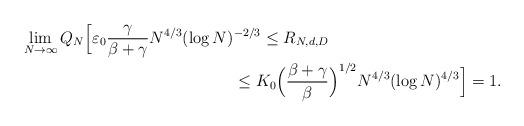
LaTeX: \begin{align*}\lim_{N\to\infty} Q_{N}\Big[\varepsilon_0 \frac{\gamma}{\beta+\gamma} N^{4/3}(\log N)&^{-2/3}\leq R_{N,d,D} \\ &\leq K_{0} \Big(\frac{\beta+\gamma}{\beta}\Big)^{1/2} N^{4/3}(\log N)^{4/3}\Big] =1.\end{align*}